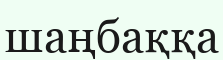
шаңбаққа